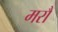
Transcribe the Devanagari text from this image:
मरौं